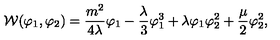
{ \cal W } ( \varphi _ { 1 } , \varphi _ { 2 } ) = \frac { m ^ { 2 } } { 4 \lambda } \varphi _ { 1 } - \frac { \lambda } { 3 } \varphi _ { 1 } ^ { 3 } + \lambda \varphi _ { 1 } \varphi _ { 2 } ^ { 2 } + \frac { \mu } { 2 } \varphi _ { 2 } ^ { 2 } ,